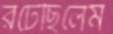
রটেছিলেম